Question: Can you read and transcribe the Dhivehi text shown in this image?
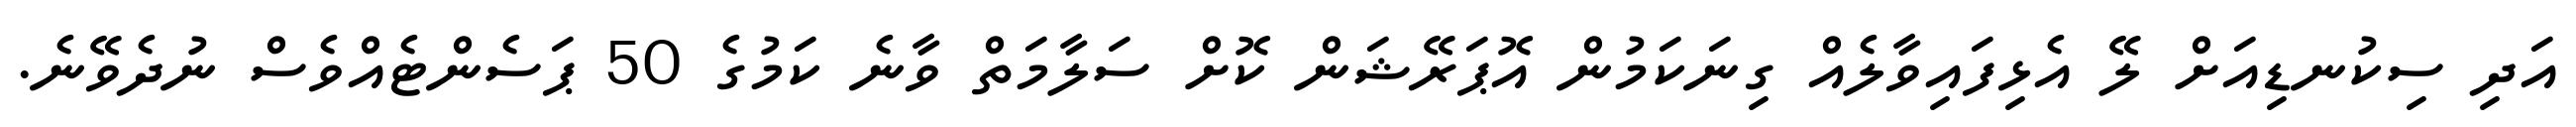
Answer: އަދި ސިކުނޑިއަށް ލޭ އެޅިފައިވާލެއް ގިނަކަމުން އޮޕަރޭޝަން ކޮށް ސަލާމަތް ވާނެ ކަމުގެ 50 ޕަސެންޓެއްވެސް ނުދެވޭނެ.